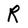
Character: R